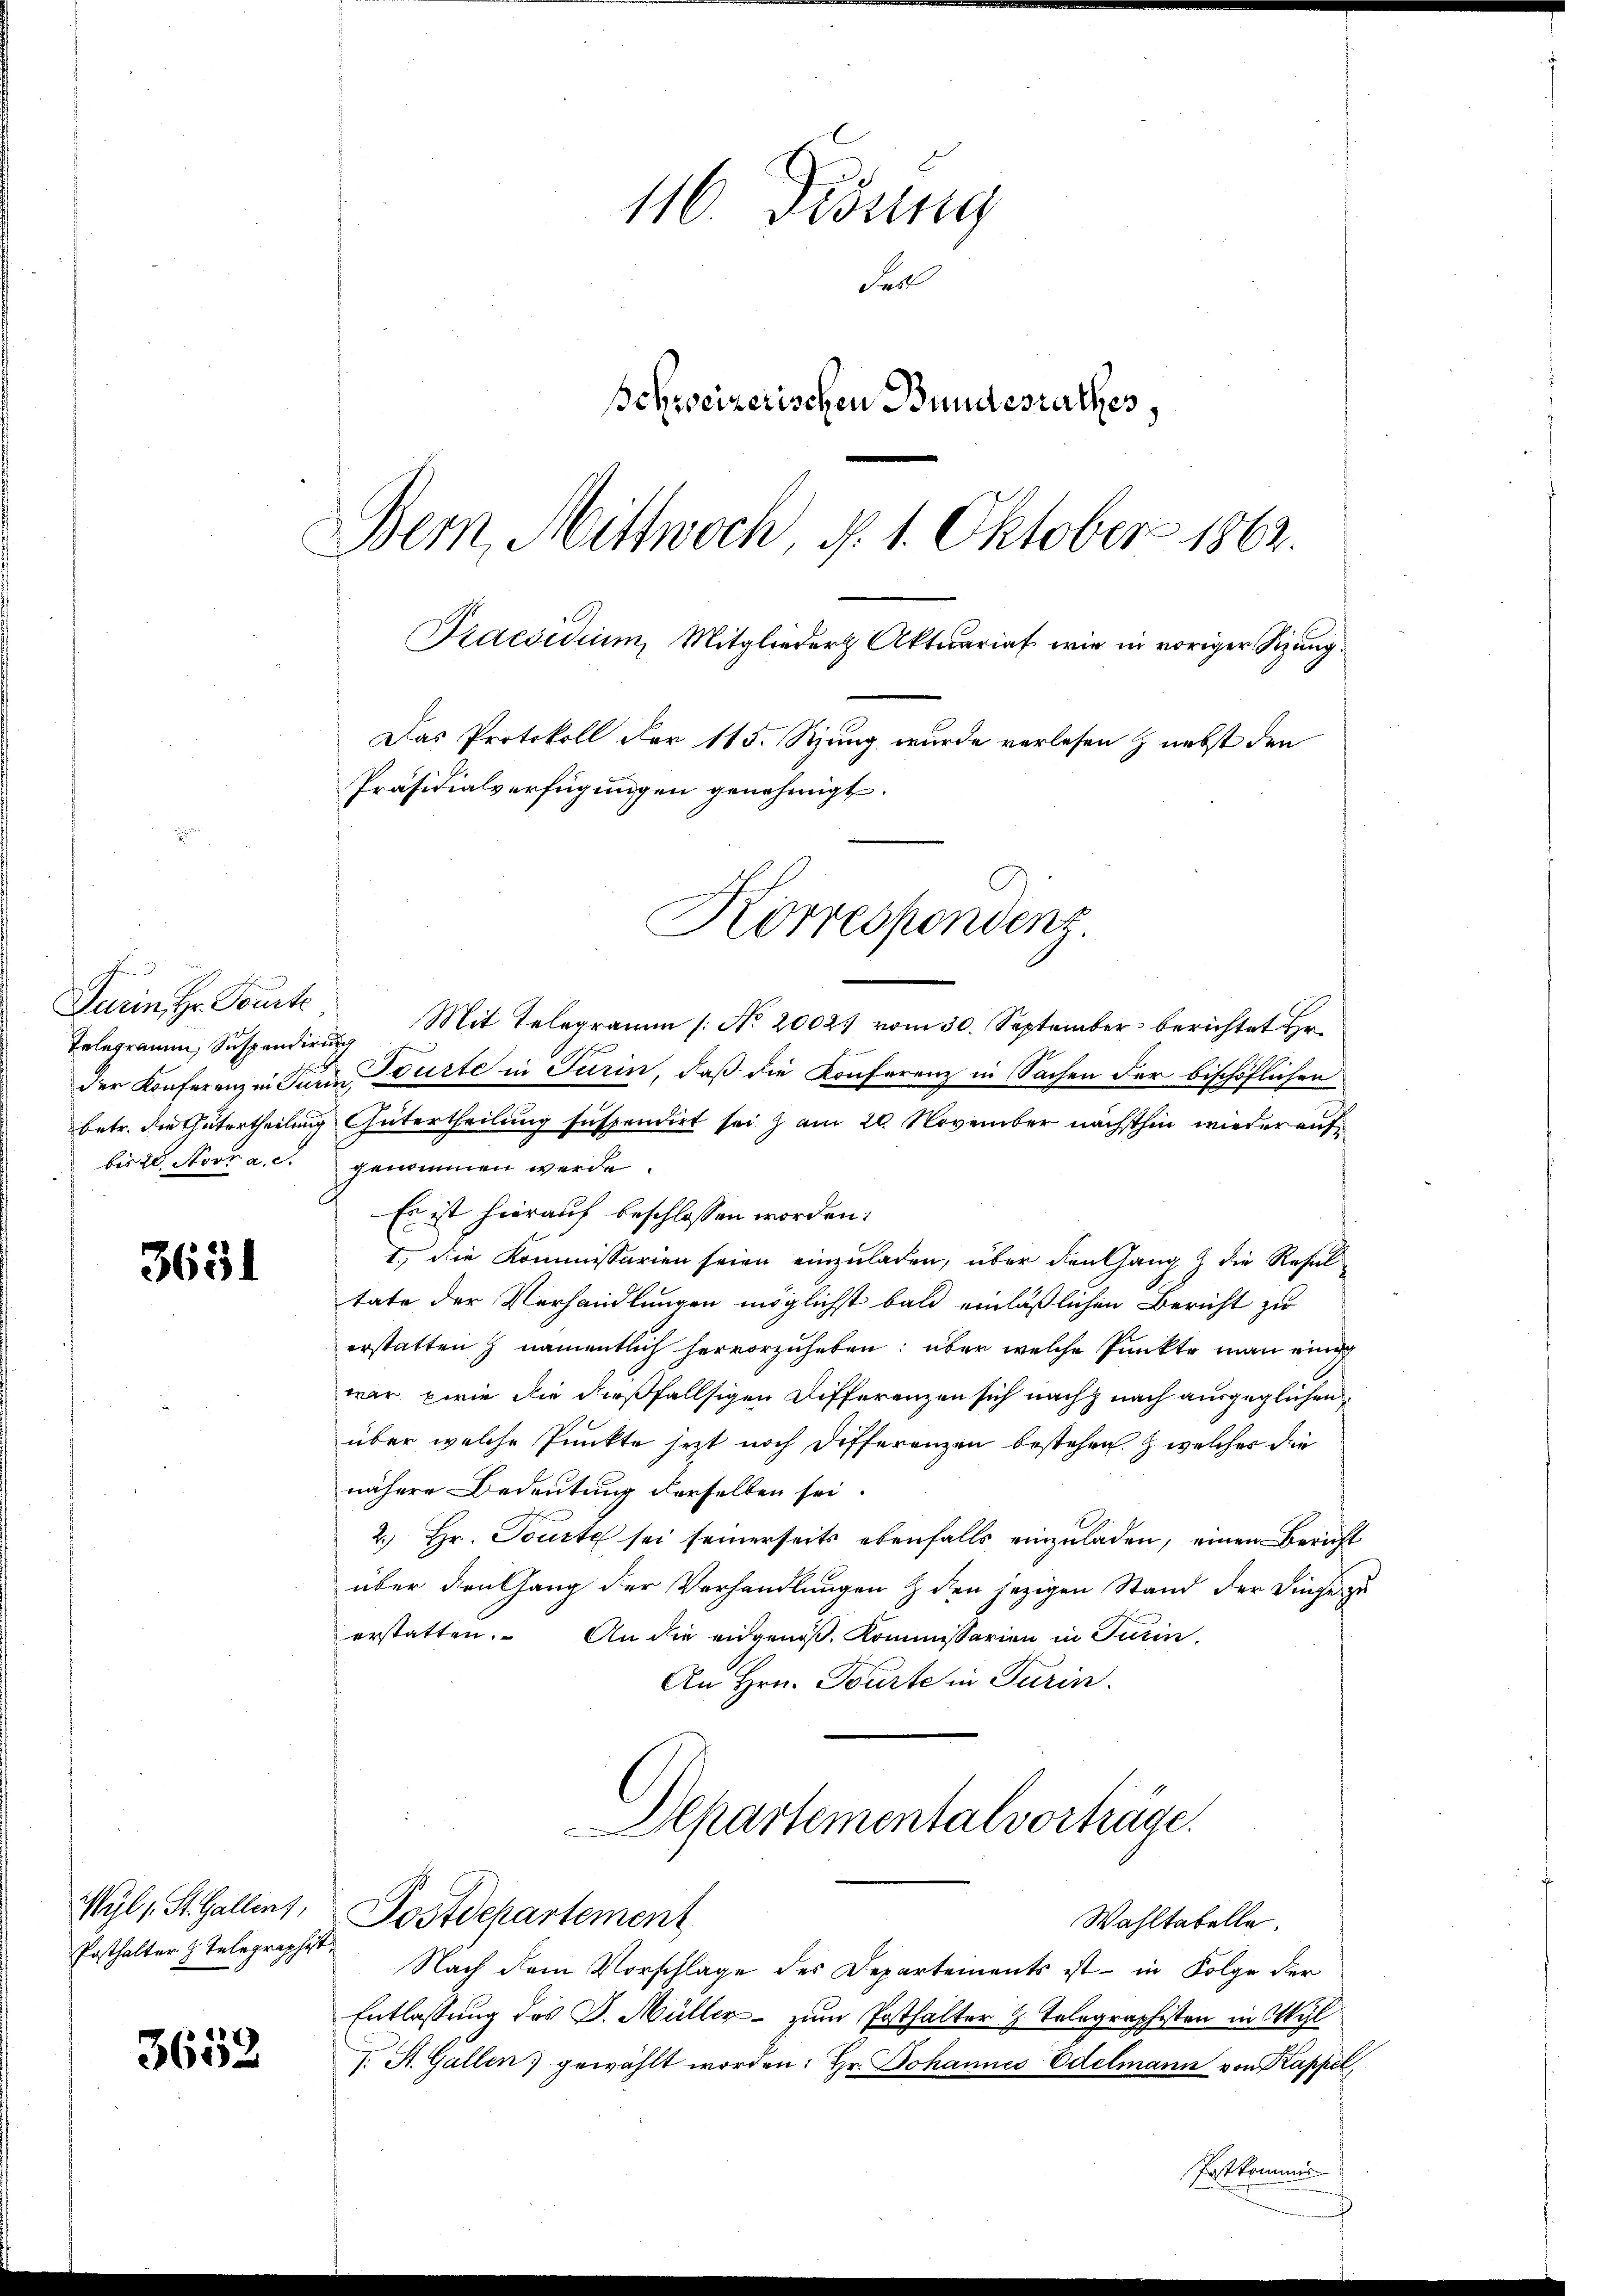
Turin Hr. Toute
Telegramm, Suspendie
der Konferenz in Jubetr. die Gütertheilung
bis 20. Storz a. c.

3651

Wyl, St. Gallenz,
Posthalter z. Telegraphist

3653

116. Disung
Faill
Schweizerischen Bundesrathes,
Bern, Mittwoch, d. 1. Oktober 1862.
Praesidium, Mitglieder Aktuariat wie in voriger Sitzung
Das Protokoll der 115. Stung wurde verlesen & nebst den
Präsidialverfügungen genehmigt.

Mit Telegramm (: No 20021 vom 30. September berichtet Hr.
im Turte in Turin, daß die Konferenz in Sachen der beschöflichen
 Intertheilung suspendirt seiz am 20. November nachthin wieder auf
genommen werde.
Es ist hierauf beschlossen worden:
I. Die Kommissarien seien einzuladen, über den Gang & die Resul-
tate der Verhandlungen möglichst bald einläßlichen Bericht zu
erstatten & namentlich hervorzuheben; über welche Punkte man eini
war wie die dießfallsigen Differenzen sich nach nach ausgeglichen
über welche Punkte jezt noch Differenzen bestehen & welcher die
nähere Bedeutung derselben sei.
2.) Hr. Toute sei seinerseits ebenfalls einzuladen, einen Bericht
über den Gang der Verhandlungen & den jezigen Stand der Finge zu
erstatten.
An die eidgenoß, Kommissarien in Turin
An Hrn. Tourte in Turin.
Departementalvorträge.
Postdepartement
Wahltabelle.
 Nach dem Vorschlage des Departements ist - in Folge der
Entlassung des J. Müller - zum Posthalter 2 Telegraphisten in Wyl
J. St. Gallen gewählt worden: Hr. Johannes Edelmann von Kappel
Postkommis

Korrespondenz.